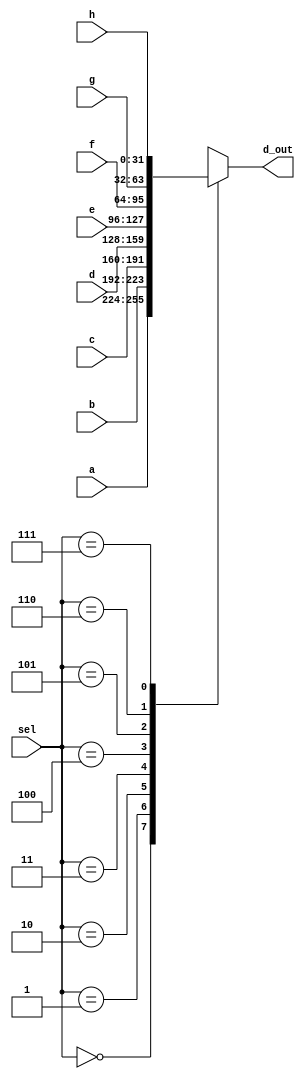
module _8_to_1_MUX(a,b,c,d,e,f,g,h,sel,d_out); // this module makes 8 to 1 multiplexer
input [31:0] a,b,c,d,e,f,g,h; // define 32 bits input a,b,c,d,e,f,g,h
input [2:0] sel; // define 3 bits input sel
output reg [31:0] d_out; // define 32 bit output d_out and reg d_out

always@ (sel,a,b,c,d,e,f,g,h) // Calculate the next state through the case statement
begin // it means 1 time loop, begin - end means { }
case(sel)
	3'b000 : d_out <= a;
	3'b001 : d_out <= b;
	3'b010 : d_out <= c;
	3'b011 : d_out <= d;
	3'b100 : d_out <= e;
	3'b101 : d_out <= f;
	3'b110 : d_out <= g;
	3'b111 : d_out <= h;
	default : d_out <= 32'bx; // To prevent the problem of latch
endcase // end of case
end
endmodule // end of module